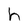
Character: h